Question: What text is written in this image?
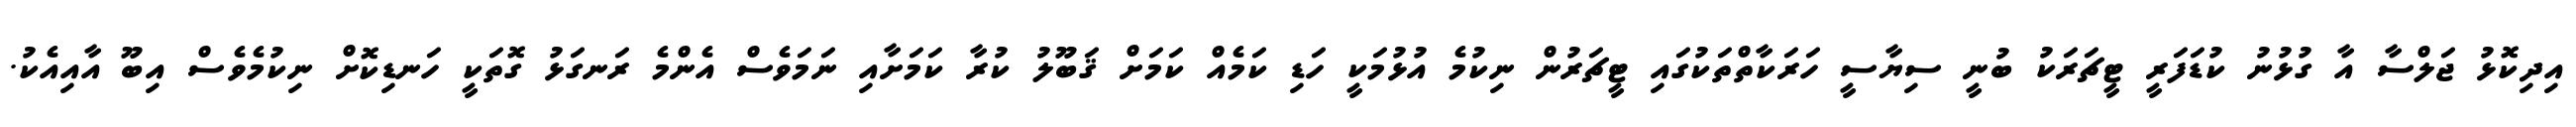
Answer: އިދިކޮޅު ޖަލްސާ އާ ގުޅުނު ކުޑަފަރީ ޓީޗަރަކު ބުނީ ސިޔާސީ ހަރަކާތްތަކުގައި ޓީޗަރުން ނިކުމެ އުޅުމަކީ ހަޑި ކަމެއް ކަމަށް ޤަބޫލު ކުރާ ކަމަށާއި ނަމަވެސް އެންމެ ރަނގަޅު ގޮތަކީ ހަނޑިކޮށް ނިކުމެވެސް އިބޫ އާއިއެކު.